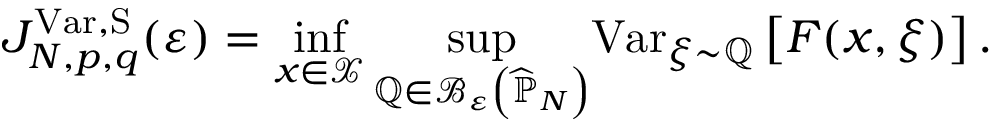
J _ { N , p , q } ^ { \mathrm { V a r } , \mathrm { S } } ( \varepsilon ) = \operatorname* { i n f } _ { x \in \mathcal { X } } { \displaystyle \operatorname* { s u p } _ { \mathbb { Q } \in \mathcal { B } _ { \varepsilon } \left( \widehat { \mathbb { P } } _ { N } \right) } } \mathrm { V a r } _ { \xi \sim \mathbb { Q } } \left[ F ( x , \xi ) \right] .